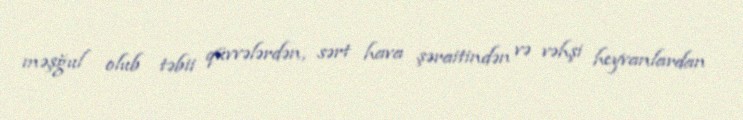
məşğul olub təbii qüvvələrdən, sərt hava şəraitindən və vəhşi heyvanlardan